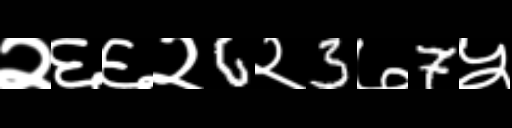
Text: २६६२6२3७7५